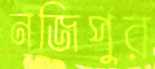
নজিপুর